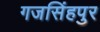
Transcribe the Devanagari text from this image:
गजसिंहपुर